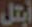
أبتل